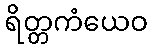
ရိတ္တကံယေဝ